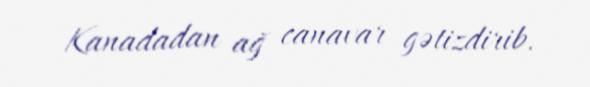
Kanadadan ağ canavar gətizdirib.